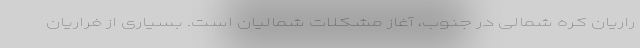
راریان کره شمالی در جنوب، آغاز مشکلات شمالیان است. بسیاری از فراریان